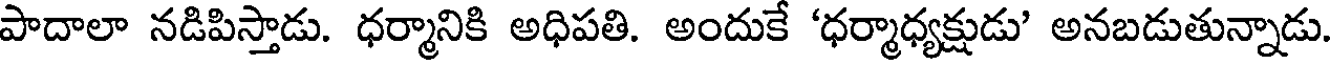
పాదాలా నడిపిస్తాడు. ధర్మానికి అధిపతి. అందుకే 'ధర్మాధ్యక్షుడు' అనబడుతున్నాడు.